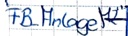
Text: "FB_Anlage M2"